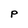
Character: P